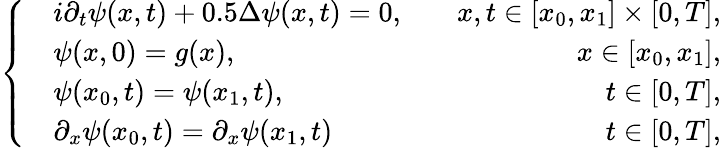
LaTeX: \left\{ \begin{array}{rlr}&{i\partial_{t}\psi(x,t)+0.5\Delta\psi(x,t)=0,}&{\quad x,t\in[x_{0},x_{1}]\times[0,T],}\\ &{\psi(x,0)=g(x),}&{\quad x\in[x_{0},x_{1}],}\\ &{\psi(x_{0},t)=\psi(x_{1},t),}&{\quad t\in[0,T],}\\ &{\partial_{x}\psi(x_{0},t)=\partial_{x}\psi(x_{1},t)}&{\quad t\in[0,T],}\end{array}\right.